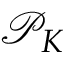
\mathcal { P } _ { K }